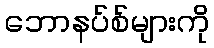
ဘောနပ်စ်များကို